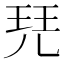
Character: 𰡷